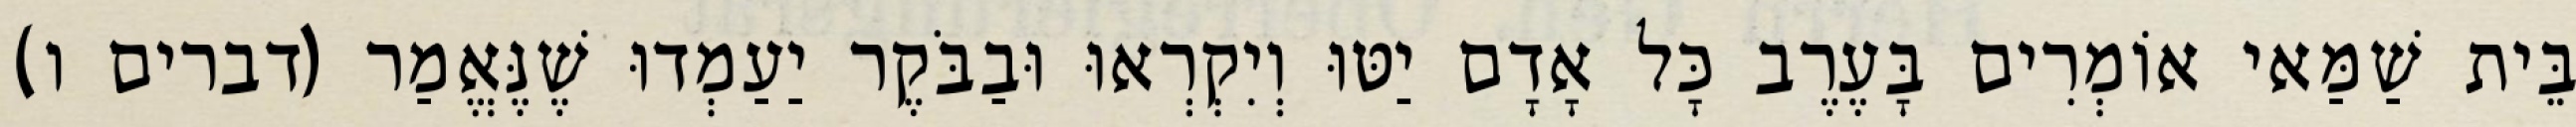
בֵּית שַׁמַּאי אוֹמְרִים בָּעֶרֶב כָּל אָדָם יַטּוּ וְיִקְרְאוּ וּבַבֹּקֶר יַעַמְדוּ שֶׁנֶּאֱמַר (דברים ו)